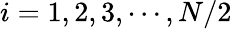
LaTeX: i=1,2,3,\cdots,N/2